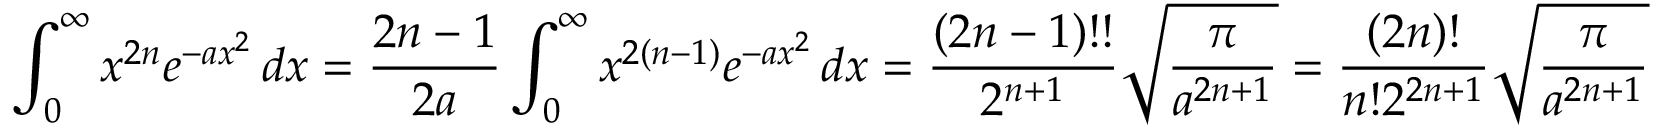
\int _ { 0 } ^ { \infty } x ^ { 2 n } e ^ { - a x ^ { 2 } } \, d x = { \frac { 2 n - 1 } { 2 a } } \int _ { 0 } ^ { \infty } x ^ { 2 ( n - 1 ) } e ^ { - a x ^ { 2 } } \, d x = { \frac { ( 2 n - 1 ) ! ! } { 2 ^ { n + 1 } } } { \sqrt { \frac { \pi } { a ^ { 2 n + 1 } } } } = { \frac { ( 2 n ) ! } { n ! 2 ^ { 2 n + 1 } } } { \sqrt { \frac { \pi } { a ^ { 2 n + 1 } } } }